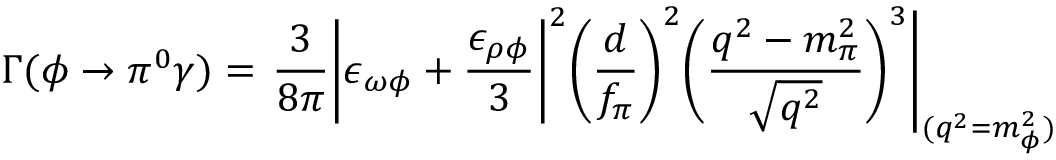
\Gamma ( \phi \rightarrow \pi ^ { 0 } \gamma ) = \left. \frac { 3 } { 8 \pi } \bigg | \epsilon _ { \omega \phi } + \frac { \epsilon _ { \rho \phi } } { 3 } \bigg | ^ { 2 } \bigg ( \frac { d } { f _ { \pi } } \bigg ) ^ { 2 } \bigg ( \frac { q ^ { 2 } - m _ { \pi } ^ { 2 } } { \sqrt { q ^ { 2 } } } \bigg ) ^ { 3 } \right| _ { ( q ^ { 2 } = m _ { \phi } ^ { 2 } ) }